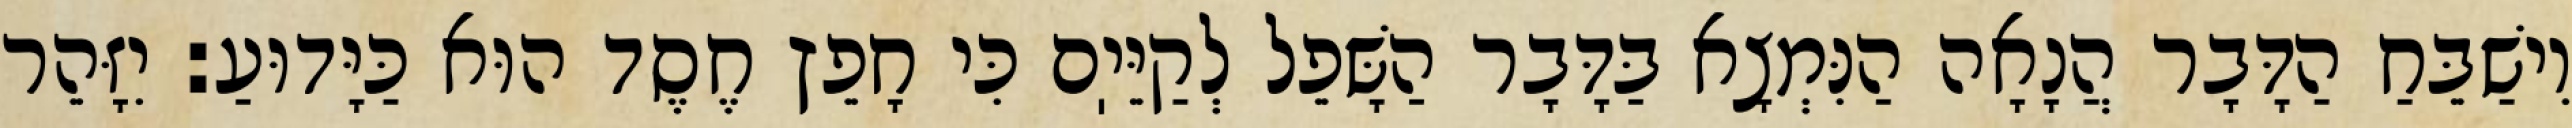
וִישַׁבֵּחַ הַדָּבָר הֲנָאָה הַנִּמְצָא בַּדָּבָר הַשָּׁפֵל לְקַיֵּיֽם כִּי חָפֵץ חֶסֶד הוּא כַּיָּדוּעַ: יִזָּהֵר